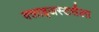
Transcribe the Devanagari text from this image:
क्लाइजस्टर्सला